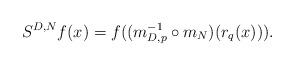
\begin{align*}S^{D,N} f(x) = f( (m_{D, p}^{-1} \circ m_{N})(r_q(x))) .\end{align*}